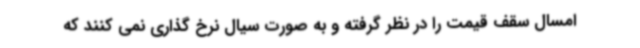
امسال سقف قیمت را در نظر گرفته و به صورت سیال نرخ گذاری نمی کنند که